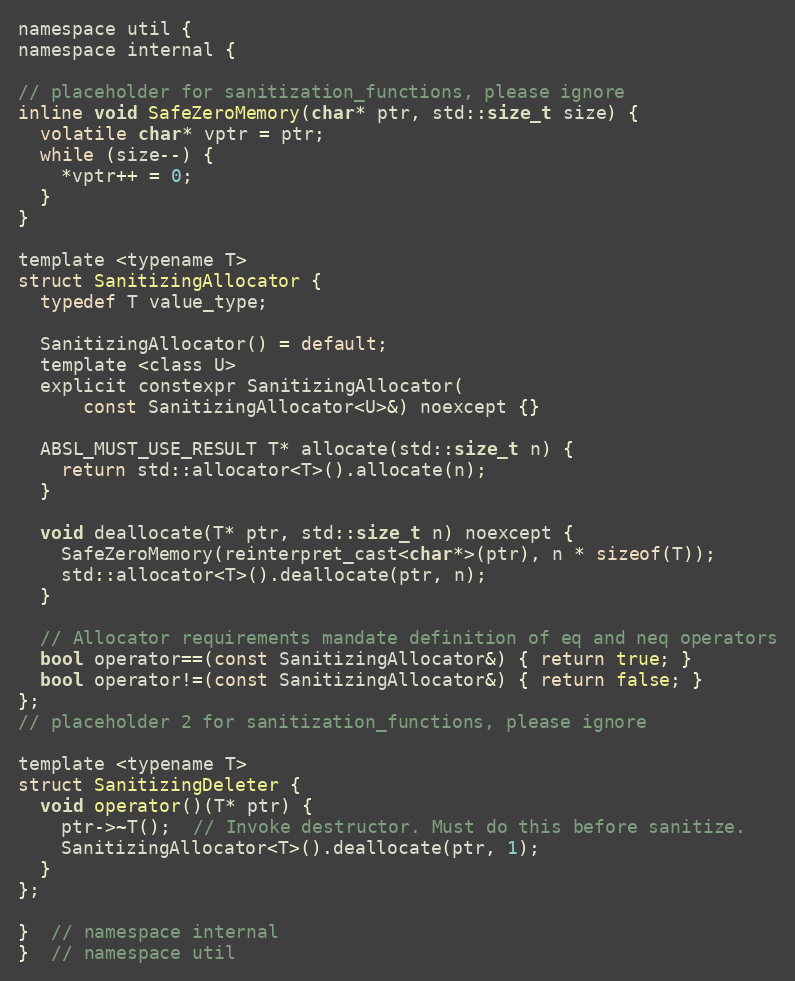
Language: C
namespace util {
namespace internal {

// placeholder for sanitization_functions, please ignore
inline void SafeZeroMemory(char* ptr, std::size_t size) {
  volatile char* vptr = ptr;
  while (size--) {
    *vptr++ = 0;
  }
}

template <typename T>
struct SanitizingAllocator {
  typedef T value_type;

  SanitizingAllocator() = default;
  template <class U>
  explicit constexpr SanitizingAllocator(
      const SanitizingAllocator<U>&) noexcept {}

  ABSL_MUST_USE_RESULT T* allocate(std::size_t n) {
    return std::allocator<T>().allocate(n);
  }

  void deallocate(T* ptr, std::size_t n) noexcept {
    SafeZeroMemory(reinterpret_cast<char*>(ptr), n * sizeof(T));
    std::allocator<T>().deallocate(ptr, n);
  }

  // Allocator requirements mandate definition of eq and neq operators
  bool operator==(const SanitizingAllocator&) { return true; }
  bool operator!=(const SanitizingAllocator&) { return false; }
};
// placeholder 2 for sanitization_functions, please ignore

template <typename T>
struct SanitizingDeleter {
  void operator()(T* ptr) {
    ptr->~T();  // Invoke destructor. Must do this before sanitize.
    SanitizingAllocator<T>().deallocate(ptr, 1);
  }
};

}  // namespace internal
}  // namespace util